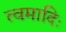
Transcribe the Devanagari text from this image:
त्वमादिः